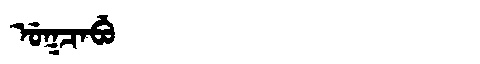
Manchu: ᡠᡴᠴᠠᠪᡠ
Romanization: UKCABU